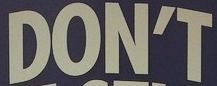
DON'T